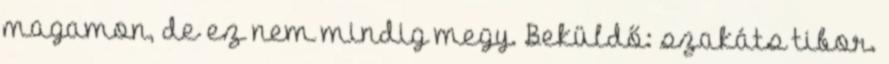
magamon, de ez nem mindig megy. Beküldő: szakáts tibor.